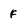
Character: f